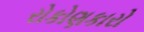
રોકોણકારો